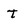
Character: t